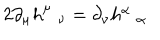
LaTeX: 2 \partial _ { \mu } h _ { \nu } ^ { \mu } = \partial _ { \nu } h _ { \alpha } ^ { \alpha }